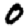
Digit: 0